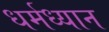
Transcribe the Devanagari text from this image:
धर्मध्यान